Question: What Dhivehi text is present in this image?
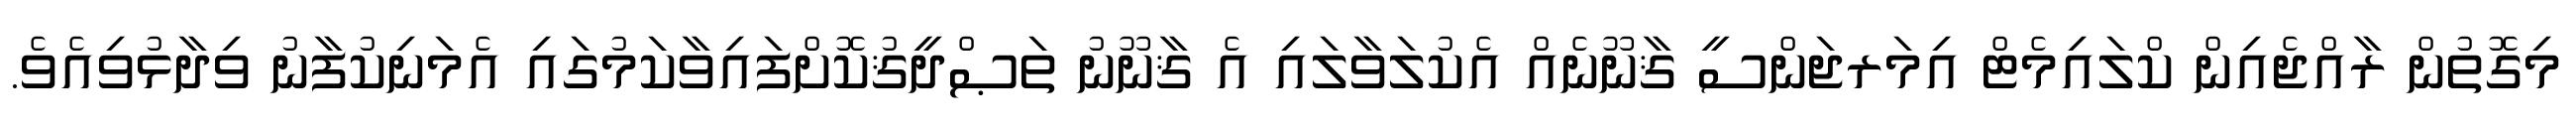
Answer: މިގޮތުން ރާއްޖެއިން ކްލައިމެޓް އިމަރޖަންސީ ޤާނޫނެއް އެކުލަވާލައި އެ ޤާނޫނު ތަޞްދީޤުކޮށްފައިވާކަމުގައި އެމަނިކުފާނު ވިދާޅުވިއެވެ.